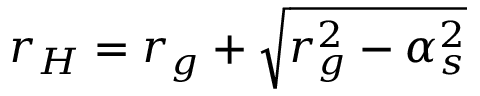
r _ { H } = r _ { g } + \sqrt { r _ { g } ^ { 2 } - \alpha _ { s } ^ { 2 } }